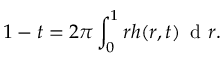
1 - t = 2 \pi \int _ { 0 } ^ { 1 } r h ( r , t ) \, \mathrm { ~ d ~ } r .